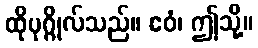
ထိုပုဂ္ဂိုလ်သည်။ ဧဝံ၊ ဤသို့။